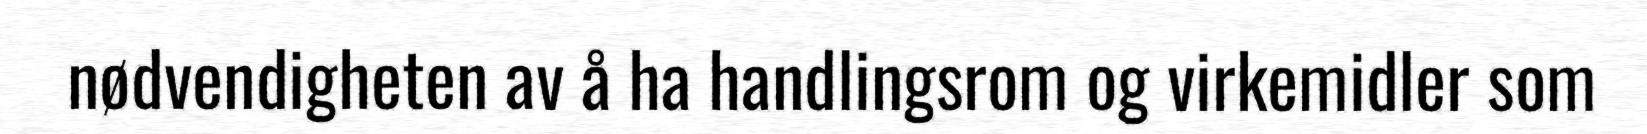
nødvendigheten av å ha handlingsrom og virkemidler som